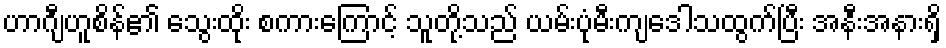
ဟာဂျီဟူစိန်၏ သွေးထိုး စကားကြောင့် သူတို့သည် ယမ်းပုံမီးကျဒေါသထွက်ပြီး အနီးအနားရှိ